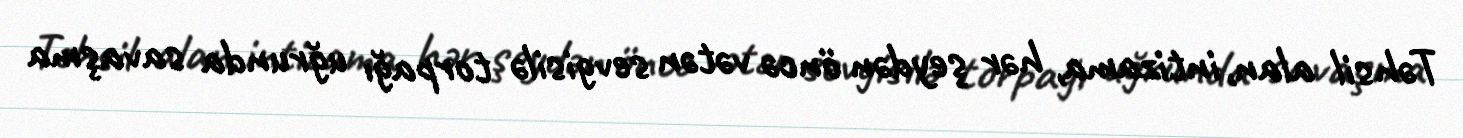
Təhsil alan, intizama, hər şeydən öncə vətən sevgisilə torpağı uğrunda savaşma